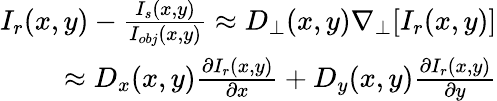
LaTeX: \begin{array}{r}{I_{r}(x,y)-\frac{I_{s}(x,y)}{I_{obj}(x,y)}\approx D_{\perp}(x,y)\nabla_{\perp}[I_{r}(x,y)]}\\ {\approx D_{x}(x,y)\frac{\partial I_{r}(x,y)}{\partial x}+D_{y}(x,y)\frac{\partial I_{r}(x,y)}{\partial y}}\end{array}